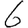
Digit: 6